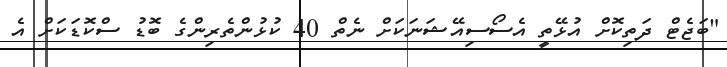
"ބަޖެޓް ދަތިކޮށް އުޅޭތީ އެސޯސިއޭޝަނަކަށް ނެތް 40 ކުޅުންތެރިންގެ ބޮޑު ސްކޮޑަކަށް އެ